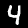
Label: 4